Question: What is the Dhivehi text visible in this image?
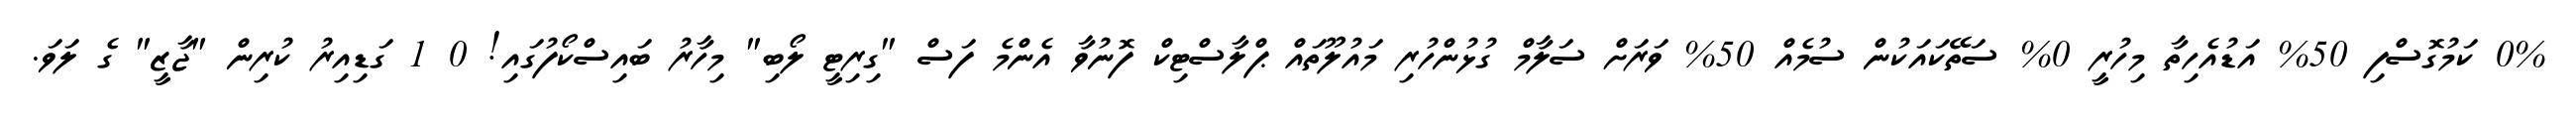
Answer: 0% ކަމުގޮސްފި 50% އަޑުއެހިތާ މިހުރީ 0% ސަތޭކައަކުން ސުމެއް 50% ވަރަށް ސަލާމް ގުޅުންހުރި މައުލޫތައް ޕްލާސްޓިކް ފޮނުވާ އެންމެ ފަސް "ގިރިޓީ ލޯބި" މިހާރު ބައިސްކޯފުގައި! 0 1 ގަޑިއިރު ކުރިން "ޖާޒީ" ގެ ލަވަ.